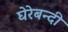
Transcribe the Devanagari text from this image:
घेरेबन्दी